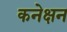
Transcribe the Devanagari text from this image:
कनेक्षन